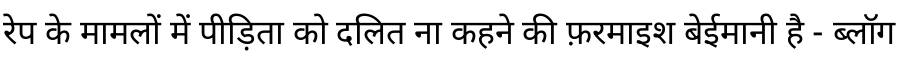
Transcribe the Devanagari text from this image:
रेप के मामलों में पीड़िता को दलित ना कहने की फ़रमाइश बेईमानी है - ब्लॉग